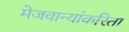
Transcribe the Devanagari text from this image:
मेजवान्यांकरिता